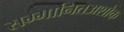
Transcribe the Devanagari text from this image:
सम्मानितअशोक